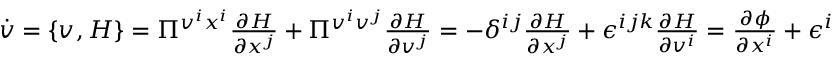
\begin{array} { r } { \dot { v } = \{ v ^ { } , H \} = \Pi ^ { v ^ { i } x ^ { i } } \frac { \partial H } { \partial x ^ { j } } + \Pi ^ { v ^ { i } v ^ { j } } \frac { \partial H } { \partial v ^ { j } } = - \delta ^ { i j } \frac { \partial H } { \partial x ^ { j } } + \epsilon ^ { i j k } \frac { \partial H } { \partial v ^ { i } } = \frac { \partial \phi } { \partial x ^ { i } } + \epsilon ^ { i j k } v _ { j } B _ { k } } \end{array} .